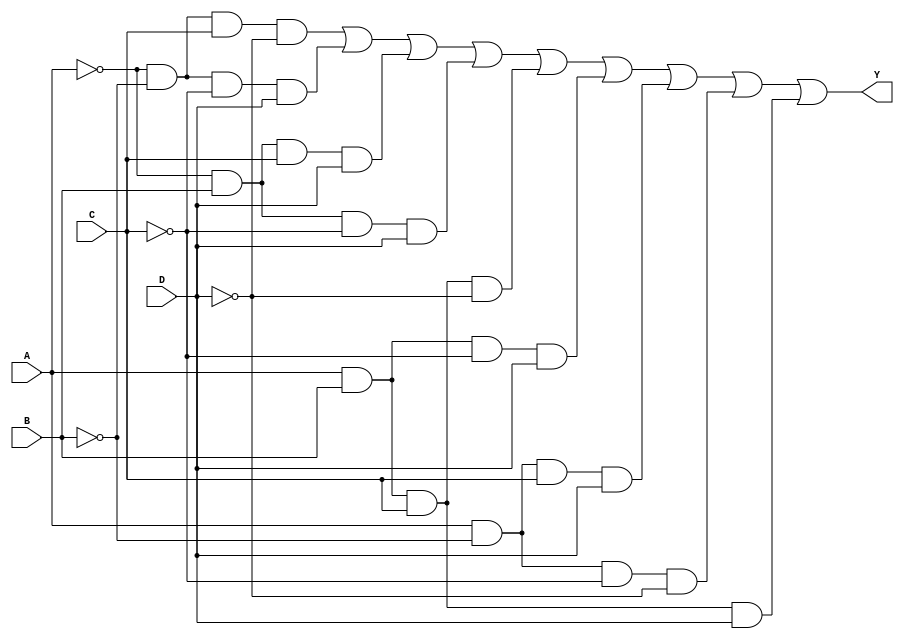
module four_variable_kmap (
    input wire A, // Input variable A
    input wire B, // Input variable B
    input wire C, // Input variable C
    input wire D, // Input variable D
    output wire Y // Output variable Y
);

// Define the K-map using a combinational logic approach.
// The output Y is determined based on the minterms that are set to 1 in the K-map.
assign Y = ( (~A & ~B & C & ~D) |  // minterm 1
             (~A & ~B & ~C & D) |  // minterm 2
             (~A & B & C & D) |    // minterm 5
             (~A & B & ~C & D) |   // minterm 6
             (A & B & C & ~D) |    // minterm 13
             (A & B & ~C & D) |    // minterm 14
             (A & ~B & C & D) |    // minterm 7
             (A & ~B & ~C & ~D) |   // minterm 0
             (A & B & C & D));      // minterm 15

endmodule